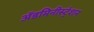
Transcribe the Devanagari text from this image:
ॲडमिनीस्ट्रेशन